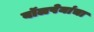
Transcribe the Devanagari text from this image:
बॉलपेनांचा